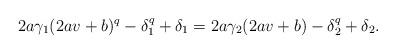
LaTeX: \begin{align*}2a\gamma_1(2av+b)^q-\delta_1^q+\delta_1=2a\gamma_2(2av+b)-\delta_2^q+\delta_2.\end{align*}